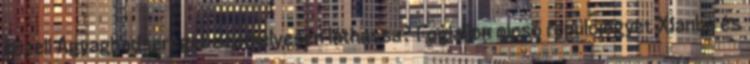
közeli Agyaghadsereget személyesen láthassa? Foglaljon olcsó repülőjegyet Xianba és